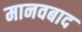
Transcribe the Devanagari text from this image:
मानवबाद